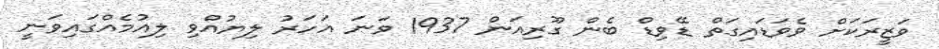
ވަޒީރަކަށް ވެވަޑައިގަތް ޑޭވިޑް ބެން ގޫރިއަން 1937 ވަނަ އަހަރު ލިޔުއްވި ލިއުމެއްގައިވަނީ